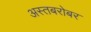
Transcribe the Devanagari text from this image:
अस्तबरोबर